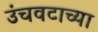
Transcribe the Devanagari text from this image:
उंचवटाच्या